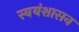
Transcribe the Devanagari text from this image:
स्वयंशासन